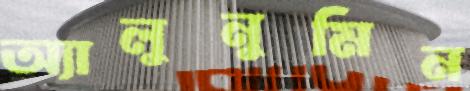
অ্যালুনুমিন